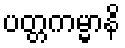
ပတ္တကမ္မာနိ